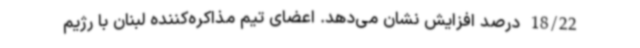
18/22 درصد افزایش نشان می‌دهد. اعضای تیم مذاکره‌کننده لبنان با رژیم